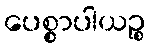
ပေစ္စာပါယဉ္စ